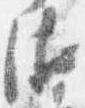
衛